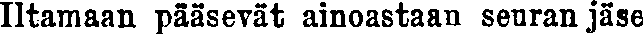
Iltamaan pääsevät ainoastaan seuran jäse-